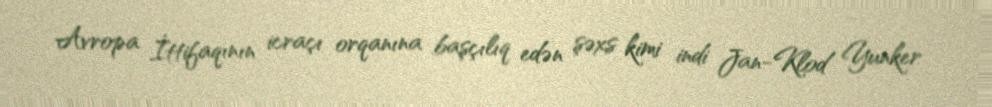
Avropa İttifaqının icraçı orqanına başçılıq edən şəxs kimi indi Jan-Klod Yunker